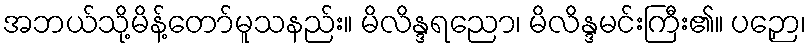
အဘယ်သို့မိန့်တော်မူသနည်း။ မိလိန္ဒရညော၊ မိလိန္ဒမင်းကြီး၏။ ပဉှော၊